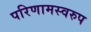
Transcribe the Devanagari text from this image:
परिणामस्‍वरुप